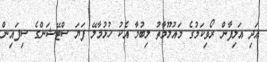
އަދި އަލިފާން ރޯވިކަމުގެ މައުލޫމާތު ލިބުމާ އެކު ހުޅުމާލޭ ފަޔަ ސްޓޭޝަންގެ ސިފައިން